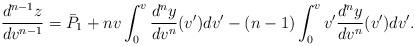
LaTeX: \begin{align*} \frac{d^{n-1}z}{dv^{n-1}}=\bar{P}_1+nv\int_0^v\frac{d^ny}{dv^n}(v')dv'-(n-1)\int_0^vv'\frac{d^ny}{dv^n}(v')dv'.\end{align*}